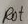
Text: Rot